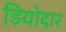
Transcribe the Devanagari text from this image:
डियोदार